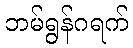
ဘမ်ရွန်ဂရက်